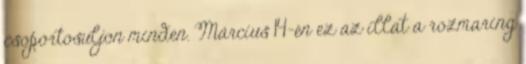
csoportosuljon minden. Március 14-én ez az illat a rozmaring